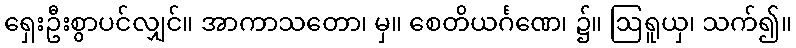
ရှေးဦးစွာပင်လျှင်။ အာကာသတော၊ မှ။ စေတိယင်္ဂဏေ၊ ၌။ ဩရူယှ၊ သက်၍။